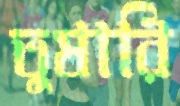
তুষারি